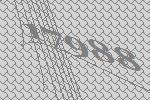
17988